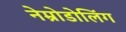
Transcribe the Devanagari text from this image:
नेम्रोडोलिंग